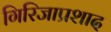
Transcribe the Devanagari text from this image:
गिरिजाप्रशाद